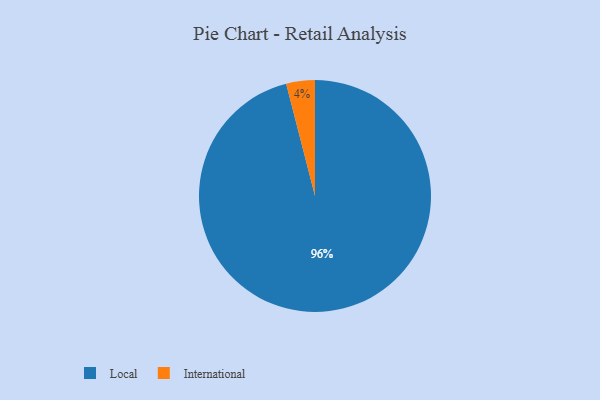
{"axis": {"x": "Category", "y": "Percentage"}, "legend": ["International", "Local"], "data": [{"x": "Local", "y": 96, "type": "Local"}, {"x": "International", "y": 4, "type": "International"}]}